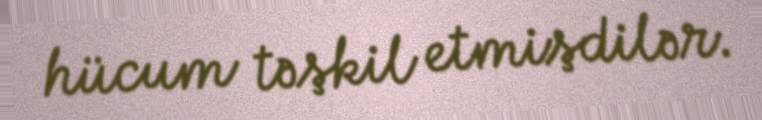
hücum təşkil etmişdilər.